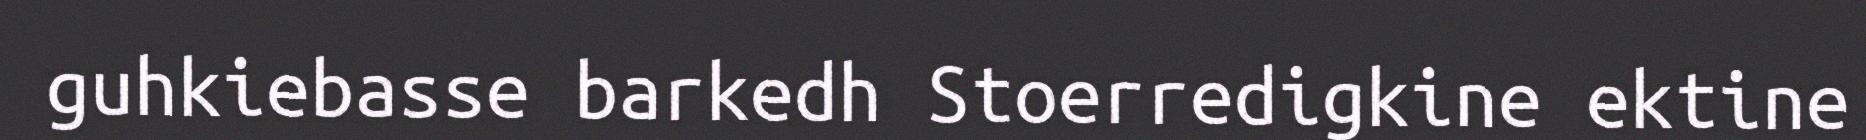
guhkiebasse barkedh Stoerredigkine ektine